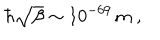
\hbar \sqrt { \beta } \sim 1 0 ^ { - 6 9 } \, \mathrm { m } \; ,